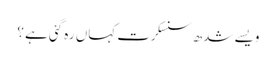
ویسے شدھ سنسکرت کہاں رہ گئی ہے ؟